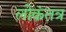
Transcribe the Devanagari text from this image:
लोकंतत्र